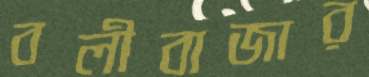
বলীবাজার